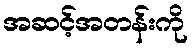
အဆင့်အတန်းကို